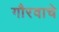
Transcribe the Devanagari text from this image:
गौरवाचे